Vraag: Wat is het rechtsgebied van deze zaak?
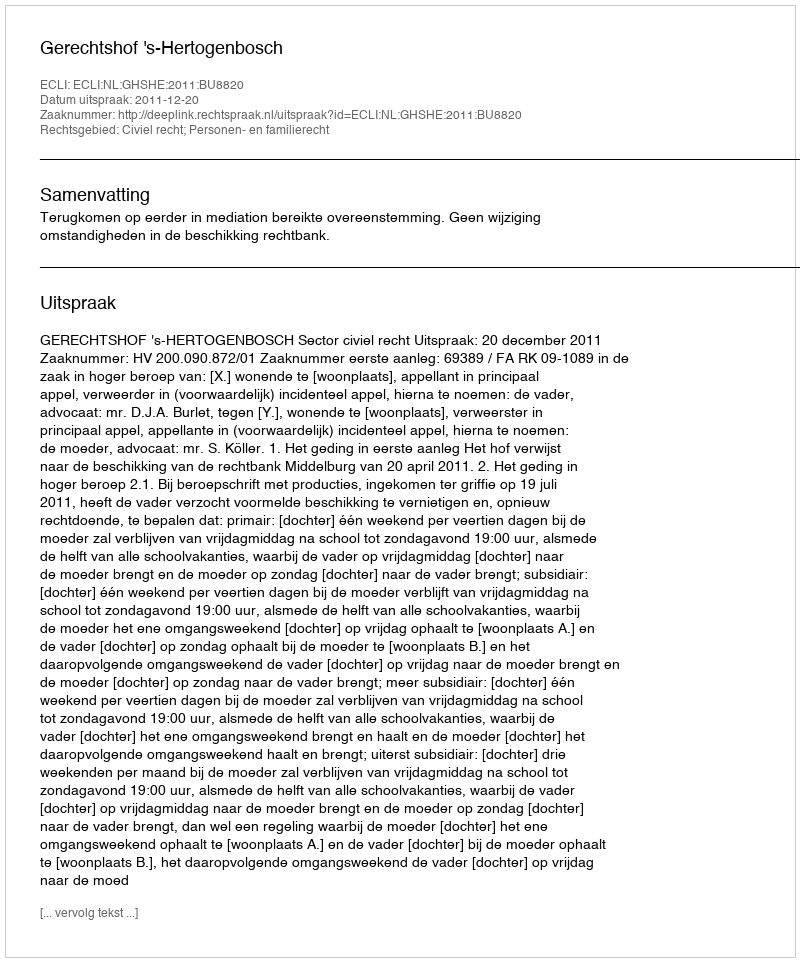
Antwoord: Civiel recht; Personen- en familierecht